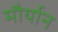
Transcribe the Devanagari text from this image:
मौर्यान